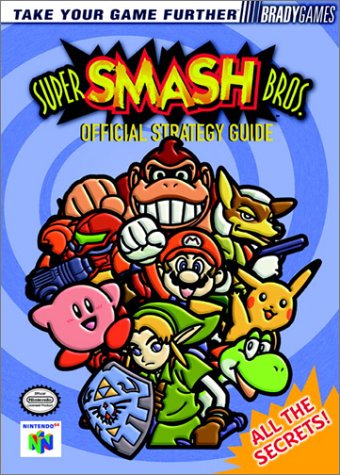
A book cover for Super Smash Bros. BradyGAMES Official Strategy Guide; BradyGames; Children's Books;